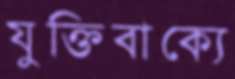
যুক্তিবাক্যে